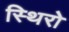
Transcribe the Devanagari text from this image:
स्थिरो